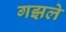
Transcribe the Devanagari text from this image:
गझले